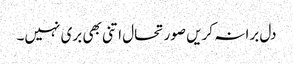
دل برا نہ کریں صورتحال اتنی بھی بری نہیں۔